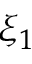
\xi _ { 1 }